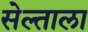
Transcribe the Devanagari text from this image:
सेल्ताला